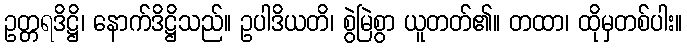
ဥတ္တရဒိဋ္ဌိ၊ နောက်ဒိဋ္ဌိသည်။ ဥပါဒိယတိ၊ စွဲမြဲစွာ ယူတတ်၏။ တထာ၊ ထိုမှတစ်ပါး။